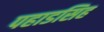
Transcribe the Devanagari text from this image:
पहाडसिह